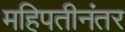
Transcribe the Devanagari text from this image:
महिपतीनंतर